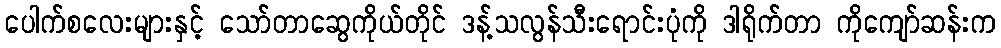
ပေါက်စလေးများနှင့် သော်တာဆွေကိုယ်တိုင် ဒန့်သလွန်သီးရောင်းပုံကို ဒါရိုက်တာ ကိုကျော်ဆန်းက